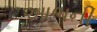
આભની